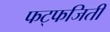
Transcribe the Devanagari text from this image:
फट्फजिती